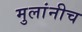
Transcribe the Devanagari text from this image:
मुलांनीच